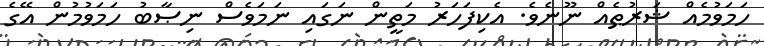
ހަމަވުމެއް ޝަރުޠެއް ނޫނެވެ. އެކިފަހަރު މަތީން ނަގައި ނަމަވެސް ނިޞާބު ހަމަވުމުން އޭގެ